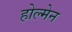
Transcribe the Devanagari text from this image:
होल्मेन